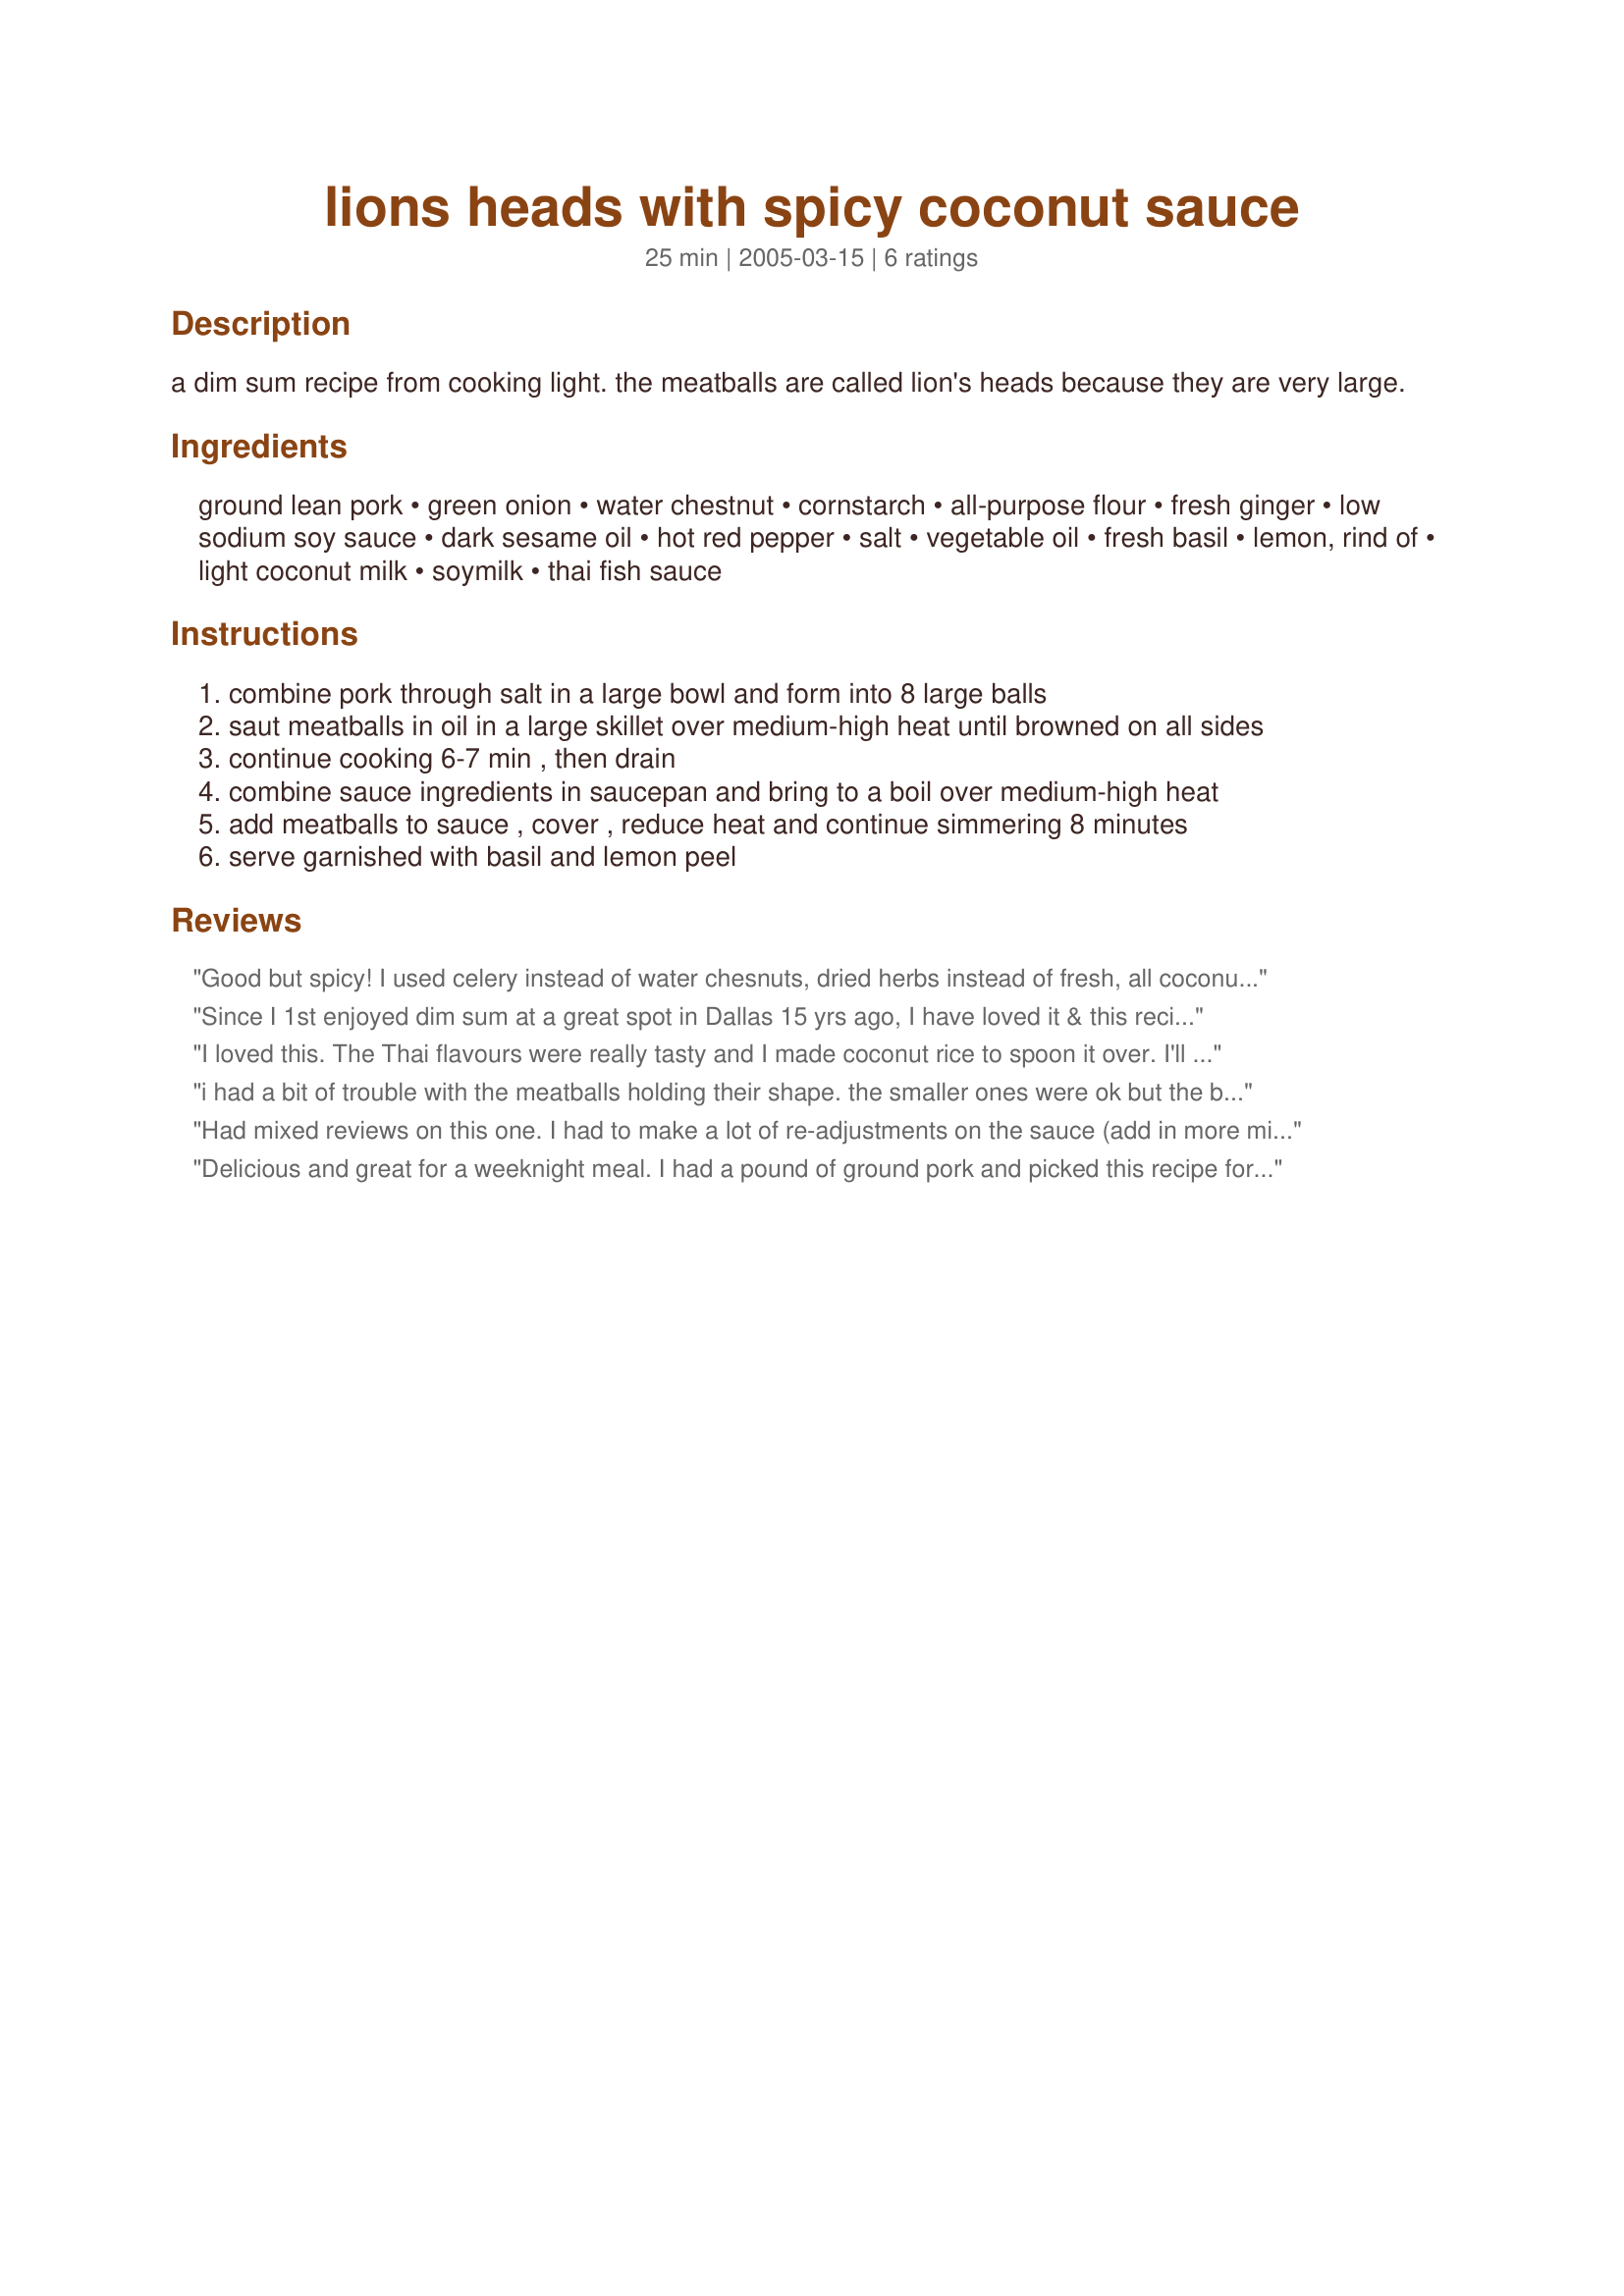
lions heads with spicy coconut sauce
Preparation time: 25 minutes

a dim sum recipe from cooking light. the meatballs are called lion's heads because they are very large.

Ingredients:
ground lean pork, green onion, water chestnut, cornstarch, all-purpose flour, fresh ginger, low sodium soy sauce, dark sesame oil, hot red pepper, salt, vegetable oil, fresh basil, lemon, rind of, light coconut milk, soymilk, thai fish sauce

Steps:
combine pork through salt in a large bowl and form into 8 large balls
saut meatballs in oil in a large skillet over medium-high heat until browned on all sides
continue cooking 6-7 min , then drain
combine sauce ingredients in saucepan and bring to a boil over medium-high heat
add meatballs to sauce , cover , reduce heat and continue simmering 8 minutes
serve garnished with basil and lemon peel

Reviews:
Good but spicy! I used celery instead of water chesnuts, dried herbs instead of fresh, all coconut milk and omitted the fish sauce as I did not have it. I still thought it was very good, even with my adjustments, and will try again. Thanks!
Since I 1st enjoyed dim sum at a great spot in Dallas 15 yrs ago, I have loved it & this recipe cont the trend. I used grd lamb for the meat & took a prior reviewer comment to heart by adding an egg + breadcrumbs to the meat mix to bind it better. I used all cocomut milk for the sauce since I rarely use soy milk & did not want to see it go bad. I made a half recipe of this to serve as an appy for 2 meals along side another Asian 123 game tag. 2 dishes w/vastly diff taste sensations, but both true winners for us. Thx for posting this recipe for us.
I loved this. The Thai flavours were really tasty and I made coconut rice to spoon it over. I'll be making this again.
i had a bit of trouble with the meatballs holding their shape. the smaller ones were ok but the big ones fell apart as i turned them and when they were simmering in the sauce. i would add more cornstarch of flour to help them hold their shape. i added some hot chili sauce to the coconut milk mixture for some extra heat. this was very quick and easy to make.
Had mixed reviews on this one. I had to make a lot of re-adjustments on the sauce (add in more milk and even cornstarch with water to thicken up better)-- came out too salty. Would probably reduce the fish sauce next time. Stewing the balls in the sauce though made it really nice and moist.
Delicious and great for a weeknight meal. I had a pound of ground pork and picked this recipe for a great change of pace. Thanks for sharing this keeper!
